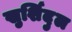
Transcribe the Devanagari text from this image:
खुर्शिदुल